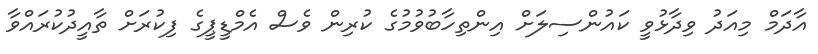
އާދަމް މިއަދު ވިދާޅުވީ ކައުންސިލަށް އިންތިހާބުވުމުގެ ކުރިން ވެސް އެމްޑީޕީގެ ފިކުރަށް ތާއީދުކުރައްވާ